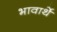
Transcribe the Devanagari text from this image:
भावार्थे